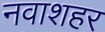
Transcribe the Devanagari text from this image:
नवाशहर